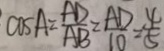
\cos A = \frac { A D } { A B } = \frac { A D } { 1 0 } = \frac { 4 } { 5 }